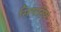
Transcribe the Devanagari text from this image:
सिमरिप